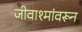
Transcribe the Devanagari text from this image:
जीवाश्मांवरून